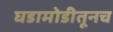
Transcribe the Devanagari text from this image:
घडामोडीतूनच